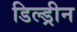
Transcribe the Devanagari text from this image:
डिल्ड्रीन